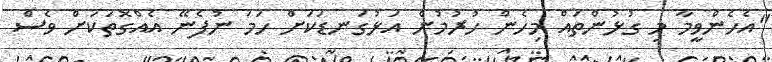
"އެހެންވީމާ މި ގުޅުންތައް މިހެން ހުރުމުން އަޅުގަނޑަކަށް ހަމަ ނުފެނޭ އެއްގޮތަކަށް ވެސް